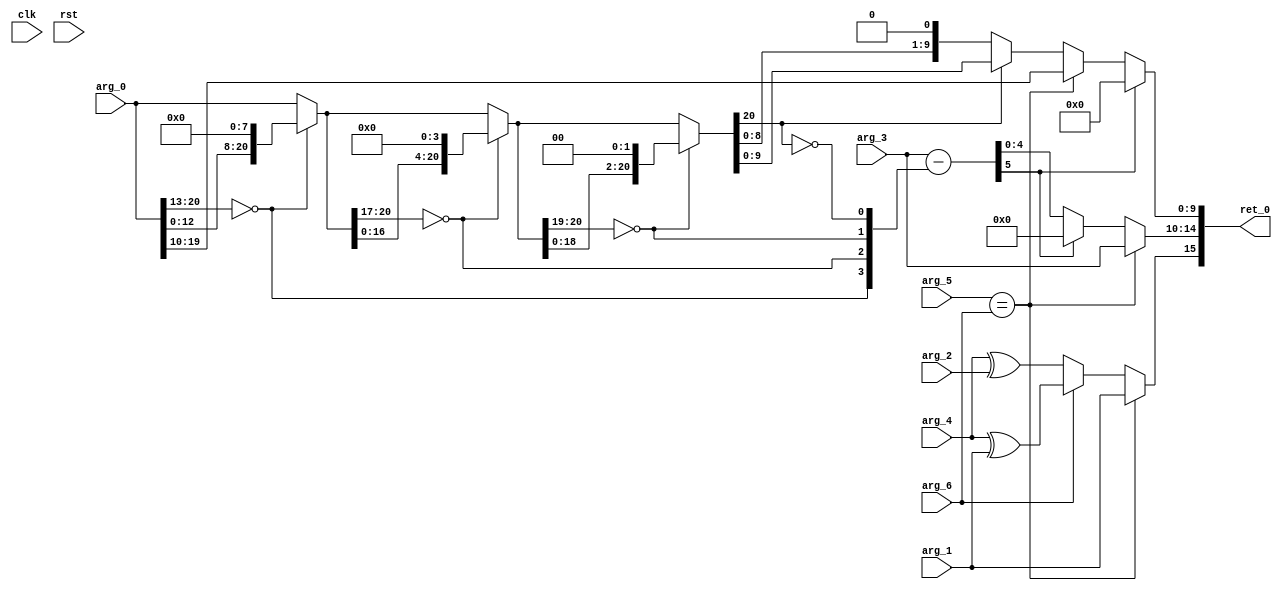
module FP16RAddSubS4Of5(
 input 	       clk,
 input 	       rst,
 input [20:0]  arg_0,
 input 	       arg_1,
 input 	       arg_2,
 input [4:0]   arg_3,
 input 	       arg_4,
 input 	       arg_5,
 input 	       arg_6,
 output [15:0] ret_0);
   wire [21:0] r;
   wire        xs;
   wire        ys;
   wire [4:0]  e;
   wire [4:0]  e_final;
   wire [5:0]  e_l0adjust;
   wire        underflow;
   wire [4:0]  e_adjust;
   wire        neg;
   wire        xn;
   wire        yn;
   wire [10:0] rr;
   wire [9:0] r_final;
   wire [21:0] r8;
   wire [21:0] r4;
   wire [21:0] r2;
   wire [21:0] r1;
   wire [3:0]  l0count;
   wire        s;
   assign r = arg_0;
   assign xs = arg_1;
   assign ys = arg_2;
   assign e = arg_3;
   assign neg = arg_4;
   assign xn = arg_5;
   assign yn = arg_6;
   assign s = (xn == yn) ? xs : (yn ? (neg ^ xs): (neg ^ ys));
   assign r8 = (r[20:13] == 0) ? {r[12:0], 8'b0} : r;
   assign r4 = (r8[20:17] == 0) ? {r8[16:0], 4'b0} : r8;
   assign r2 = (r4[20:19] == 0) ? {r4[18:0], 2'b0} : r4;
   assign r1 = (r2[20:20] == 0) ? {r2[19:0], 1'b0} : r2;
   assign l0count = {r[20:13] == 0, r8[20:17] == 0, r4[20:19] == 0, r2[20:20] == 0};
   assign rr = (xn == yn) ? r[20:10] : r1;
   assign e_l0adjust = e - l0count;
   assign underflow = e_l0adjust[5:5];
   assign e_adjust = underflow ? 0 : e_l0adjust[4:0];
   assign e_final = (xn == yn) ? e : e_adjust[4:0];
   assign r_final = underflow ? 0 : rr[9:0];
   assign ret_0 = {s, e_final, r_final};
endmodule